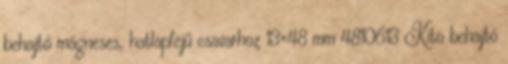
behajtó mágneses, hatlapfejű csavarhoz 13×48 mm 4810613 Kito behajtó